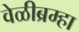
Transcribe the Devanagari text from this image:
वेळीब्रम्हा